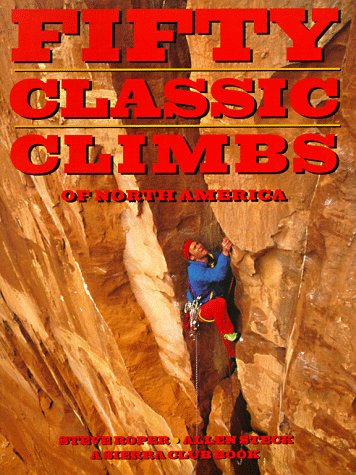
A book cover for Fifty Classic Climbs of North America; Steve Roper; Sports & Outdoors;